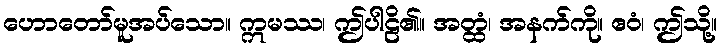
ဟောတော်မူအပ်သော။ ဣမဿ၊ ဤပါဠိ၏။ အတ္ထံ၊ အနက်ကို။ ဧဝံ၊ ဤသို့။